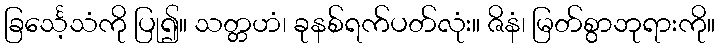
ခြင်္သေ့သံကို ပြု၍။ သတ္တဟံ၊ ခုနစ်ရက်ပတ်လုံး။ ဇိနံ၊ မြတ်စွာဘုရားကို။